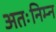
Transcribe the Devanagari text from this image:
अतःनिम्न